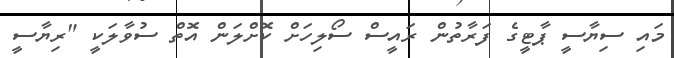
މައި ސިޔާސީ ޕާޓީގެ ފަރާތުން ރައީސް ސޯލިހަށް ކޮށްލަން އޮތް ސުވާލަކީ "ރިޔާސީ